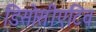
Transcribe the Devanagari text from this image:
डिसोसीएटिव